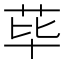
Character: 荜